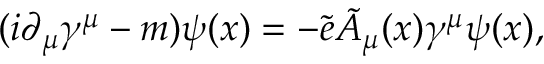
( i \partial _ { \mu } \gamma ^ { \mu } - m ) \psi ( x ) = - { \tilde { e } } { \tilde { A } } _ { \mu } ( x ) \gamma ^ { \mu } \psi ( x ) ,